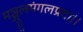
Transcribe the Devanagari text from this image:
मञ्जुलमंगलप्रदा।।